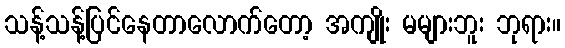
သန့်သန့်ပြင်နေတာလောက်တော့ အကျိုး မများဘူး ဘုရား။